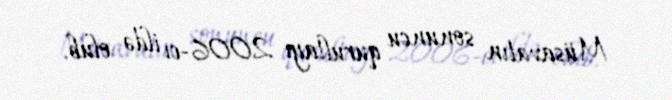
Müsavatın sonuncu qurultayı 2006-cı ildə olub.